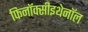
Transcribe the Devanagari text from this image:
फिनॉक्सीइथेनॉल